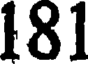
181